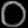
Digit: ၀